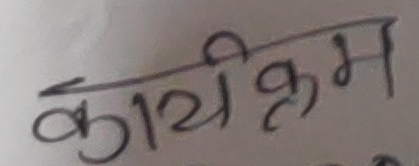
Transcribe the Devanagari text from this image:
कार्यक्रम